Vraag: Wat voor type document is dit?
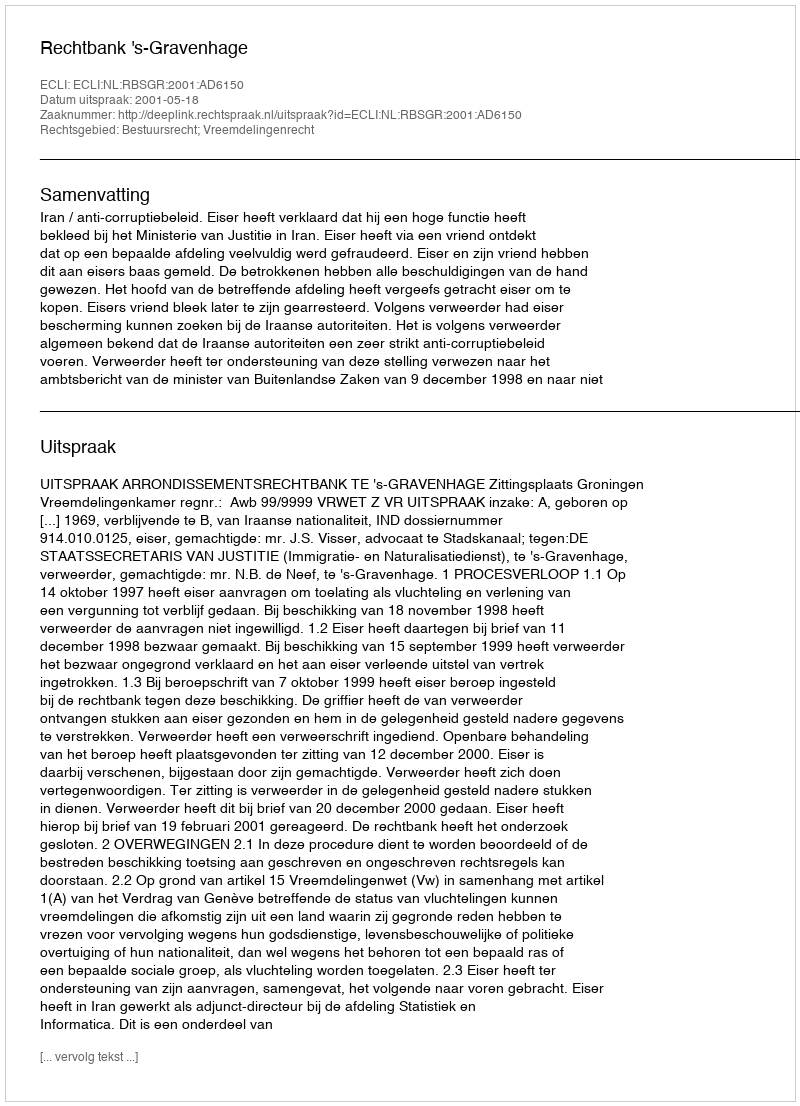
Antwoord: Uitspraak